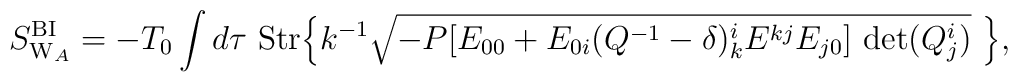
S^{\rm BI}_{{\rm W}_A}=-T_0\int d\tau~ {\rm Str}\Bigl\{ k^{-1}\sqrt{-P[E_{00}+E_{0i}(Q^{-1}-\delta)^i_kE^{kj}E_{j0}] \ {\rm det} (Q^i_j )}\ \Bigr\},